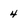
Character: 4